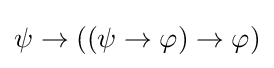
\psi \to ((\psi \to \varphi )\to \varphi )